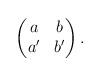
LaTeX: \begin{align*} \begin{pmatrix} a & b \\a' & b' \end{pmatrix}. \end{align*}